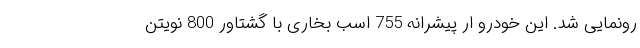
رونمایی شد. این خودرو ار پیشرانه 755 اسب بخاری با گشتاور 800 نویتن